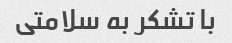
با تشکر به سلامتی